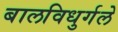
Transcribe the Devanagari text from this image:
बालविधुर्गले